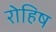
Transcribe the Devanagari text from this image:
रोहिष